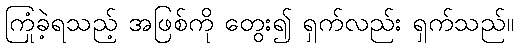
ကြုံခဲ့ရသည့် အဖြစ်ကို တွေး၍ ရှက်လည်း ရှက်သည်။